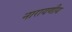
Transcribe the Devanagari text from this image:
नारायणीय